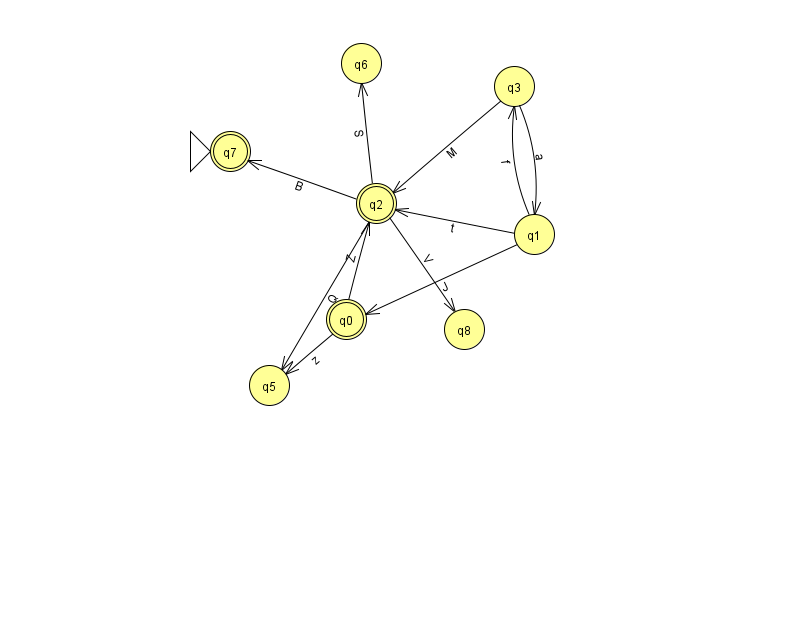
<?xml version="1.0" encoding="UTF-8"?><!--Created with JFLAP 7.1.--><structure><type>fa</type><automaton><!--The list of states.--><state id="0" name="q0"><x>346.0</x><y>306.0</y><final/></state><state id="1" name="q1"><x>534.0</x><y>221.0</y></state><state id="2" name="q2"><x>376.0</x><y>190.0</y><final/></state><state id="3" name="q3"><x>514.0</x><y>73.0</y></state><state id="5" name="q5"><x>269.0</x><y>372.0</y></state><state id="6" name="q6"><x>361.0</x><y>50.0</y></state><state id="7" name="q7"><x>230.0</x><y>138.0</y><initial/><final/></state><state id="8" name="q8"><x>464.0</x><y>316.0</y></state><!--The list of transitions.--><transition><from>0</from><to>2</to><read>Z</read></transition><transition><from>0</from><to>5</to><read>z</read></transition><transition><from>1</from><to>0</to><read>J</read></transition><transition><from>2</from><to>5</to><read>Q</read></transition><transition><from>3</from><to>2</to><read>M</read></transition><transition><from>1</from><to>2</to><read>t</read></transition><transition><from>1</from><to>3</to><read>f</read></transition><transition><from>2</from><to>7</to><read>B</read></transition><transition><from>2</from><to>8</to><read>V</read></transition><transition><from>2</from><to>6</to><read>S</read></transition><transition><from>3</from><to>1</to><read>a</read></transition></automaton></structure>